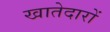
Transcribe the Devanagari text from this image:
खातेदारों